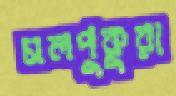
মলপুকুরা